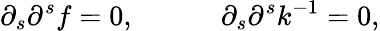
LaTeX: \partial_{s}\partial^{s}f=0,\ \ \ \ \ \ \ \ \ \ \ \ \partial_{s}\partial^{s}k^{-1}=0,